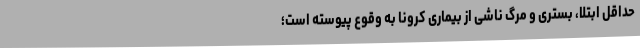
حداقل ابتلا، بستری و مرگ ناشی از بیماری کرونا به وقوع پیوسته است؛